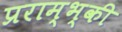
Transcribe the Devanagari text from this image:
प्रराम्भ्की